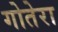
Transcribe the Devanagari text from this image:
गोतेरा